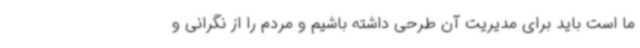
ما است باید برای مدیریت آن طرحی داشته باشیم و مردم را از نگرانی و